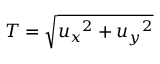
T = \sqrt { { u _ { x } } ^ { 2 } + { u _ { y } } ^ { 2 } }